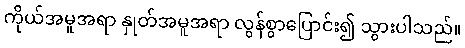
ကိုယ်အမူအရာ နှုတ်အမူအရာ လွန်စွာပြောင်း၍ သွားပါသည်။